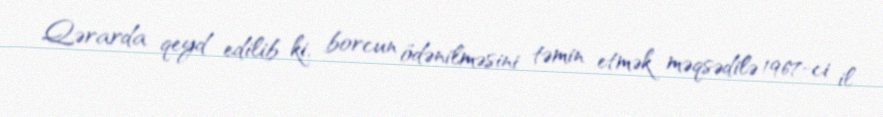
Qərarda qeyd edilib ki, borcun ödənilməsini təmin etmək məqsədilə 1967-ci il